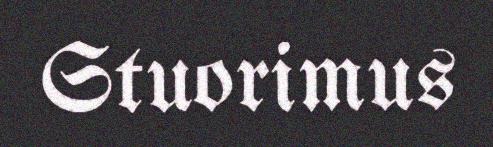
Stuorimus